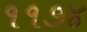
૧૧૭૪